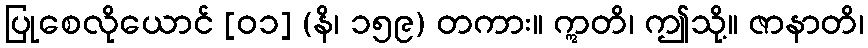
ပြုစေလိုယောင် [၀၁] (နိ၊ ၁၅၉) တကား။ ဣတိ၊ ဤသို့။ ဇာနာတိ၊